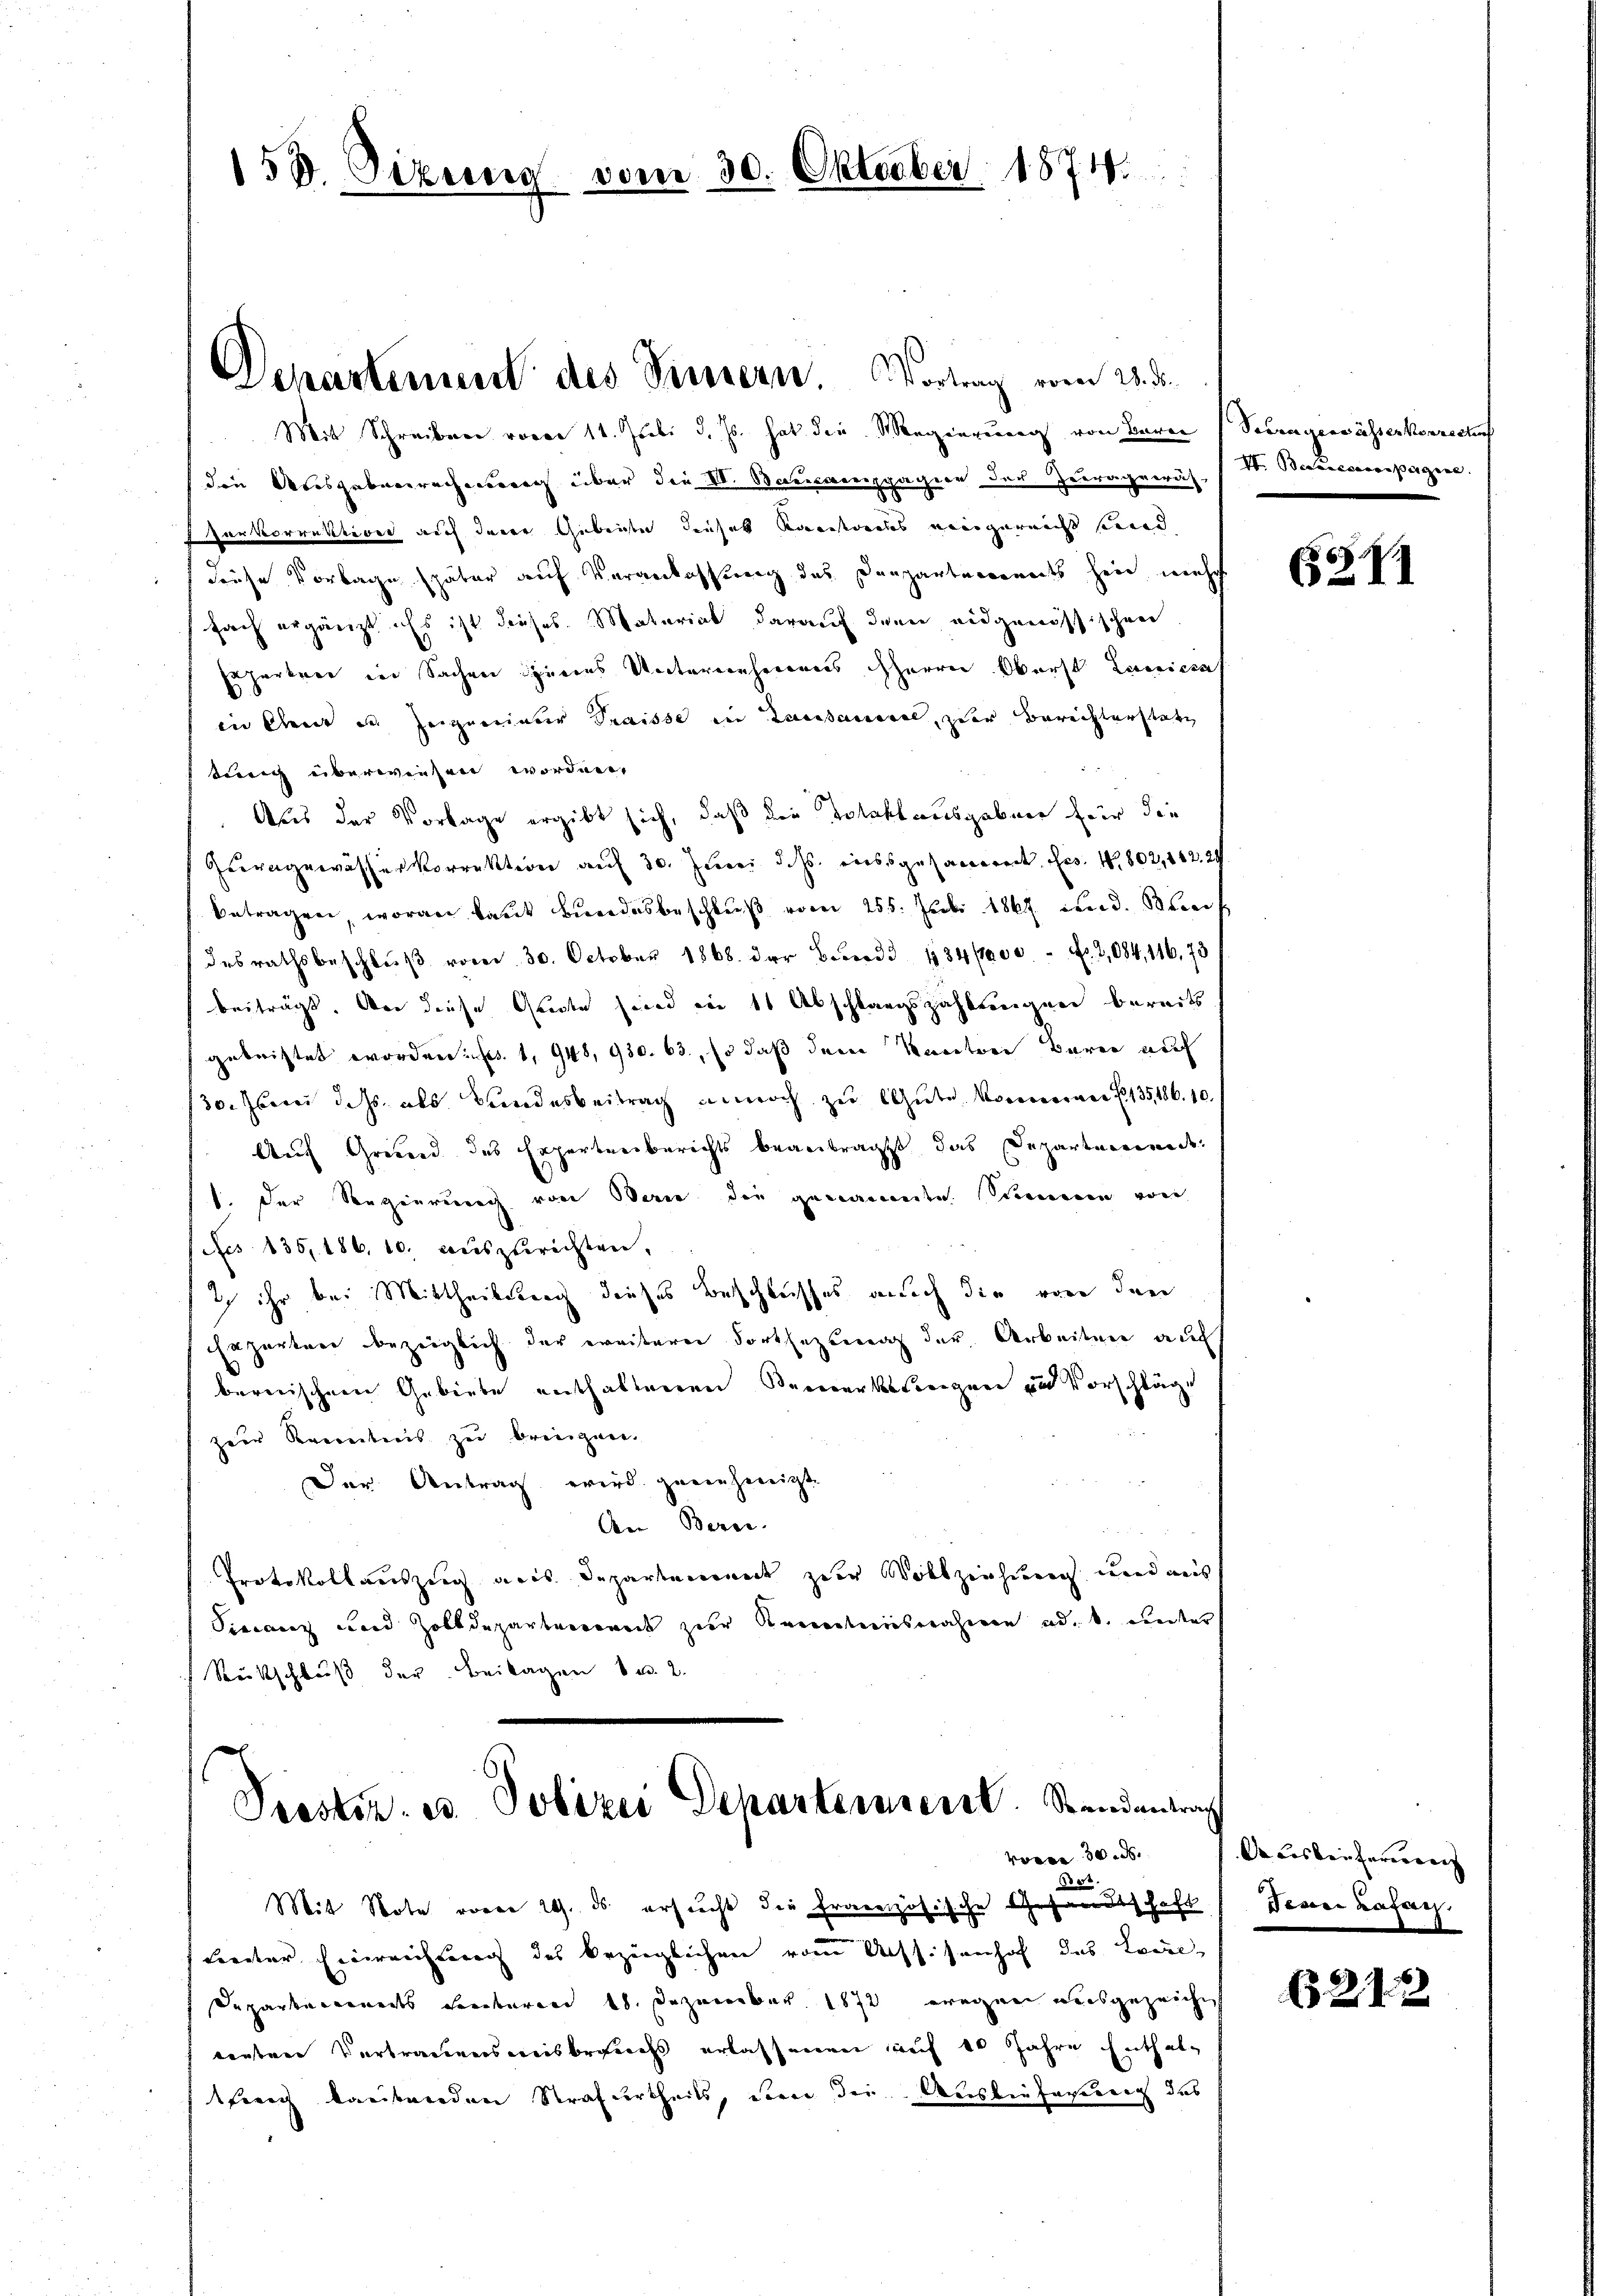
153. Dirung vom 30. Oktober 1874.

Mit Schreiben voren 11. Juli d. Js. hat die Magierung von Baron Seeengewässerkorrechenf
die Ausgabenrechnung über die VI. Baccamppagien der Zuragewäs- / M. Baucompagne.
 Parkorrektiven auf derer Gebeiden dieses Kandteiles neugereicht werd
diese Vorlage später auf Veranlassung des Departemonats hin mehr
fach ergänzt. Es ist dieses Material darauf den eidgenössischen
Erperten in Sachen seines Unternehmens HHerrn Oberst Laniccas
in Gent in Zeignerinter Traisse in Lausanerel, zur Berichterstatt
trig überwiesen worden.
Aus der Vorlage ergibt sich, daß die Totakt ausgaben für die
Quergewässerkorrektion auf 30. Juni dass ausgesaceret, bes. No. 802, 182. 24
betragen, woran kant Bundesbeschlŭβ vom 255. Juli 1864 und Beei
desrathsbeschluß vom 30. October 1868. der Bund 13400 Fr. 2,084, 116, 73
beiträgt. An diese Geden sind in 11 Abschlagszahlungen bereits
gebristet worden: es. 1948, 930. 63, so daß dem Kontrer Barei auf
130. Eben d. Js. als Bundesbeitrag annoch zu Gute kommeran 135186. 10.
Auch Grund des Expertenberichts beanträgt das Departemende
1. Der Regierung von Berne die genannte Summen von
Fes 135, 186, 10. auszurichten,
I ihr bei Mittheilsberg dieses Beschlusses auch die von den
azarten bezeiglich der weiterer Fortsezten der Arbeiten auch
bernischen Gebiete enthaltenen Bemerksteigen und Vorschläge
zer Revereitens zu bringen.
Der Antrag wird genehmigt.
An Berei.
Protokollauszeig aus Departemonet zur Volkzeichung und aus
Sinanz und Zolldepartensoweit zur Kenntnisnahmen ad b. unter
Rückschluß der Beilagen den 2.

Departement des Vernern. Vortrag vom 23. d.

Prester es Polizei Departement. Standentrag
vorne 30. d.

Mit Note voren 29. ds. ersucht die französische Gesandtschaft
treiter Einreichung des bezüglichen vom Assisenhof das Local-
Departe einedts Freiteren 1. Dezember 1872 wegen ausgezeich
renten Vertrauensmisbrauchs erlassenen auf 10 Jahre Enthaltreng kantenden Strafurtheils, den der Auslieferung das

371

Auskauferiren
Denn Lasar,

6212